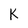
Character: K